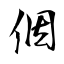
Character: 𪜶